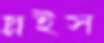
স্লাইস